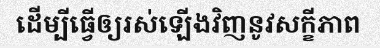
ដើម្បីធ្វើឲ្យរស់ឡើងវិញនូវសក្ខីភាព